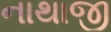
નાથાજી